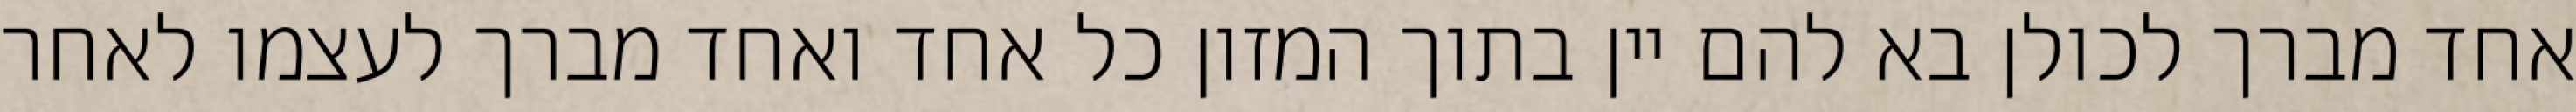
אחד מברך לכולן בא להם יין בתוך המזון כל אחד ואחד מברך לעצמו לאחר